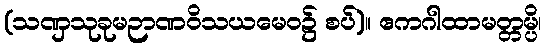
(သဏှသုခုမဉာဏဝိသယမေဝ၌ စပ်)။ ဧကဂါထာမတ္တမ္ပိ၊